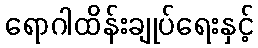
ရောဂါထိန်းချုပ်ရေးနှင့်